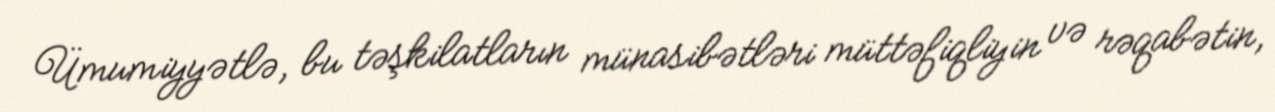
Ümumiyyətlə, bu təşkilatların münasibətləri müttəfiqliyin və rəqabətin,